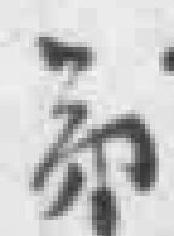
弟